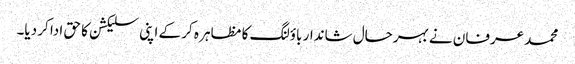
محمد عرفان نے بہرحال شاندار باؤلنگ کا مظاہر ہ کر کے اپنی سلیکشن کا حق ادا کر دیا۔